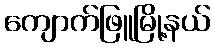
ကျောက်ဖြူမြို့နယ်